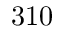
3 1 0